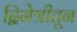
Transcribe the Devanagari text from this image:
द्विनेत्रीतून